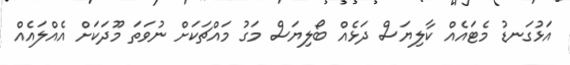
އަޅުގަނޑު މެޓައެއް ކާލިޔަސް ދަޅެއް ބޯލިޔަސް މަގު މައްޗަކަށް ނުވަތަ މޫދަކަށް އެއްލައެއް